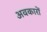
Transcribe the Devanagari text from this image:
अवकारों